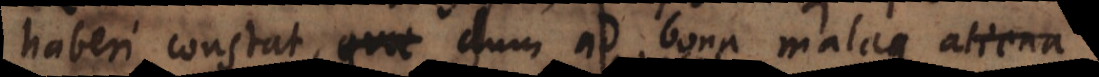
haberi constat, dum ad bona malaque aliena